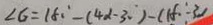
\angle G = 1 8 0 ^ { \circ } - ( 4 \alpha - 3 0 ^ { \circ } ) - ( 1 8 - 3 )